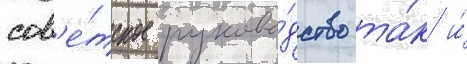
сов'е́тское руково́дство та́к и́